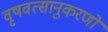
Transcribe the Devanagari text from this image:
वृषवत्सानुकरणो